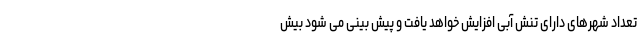
تعداد شهرهای دارای تنش آبی افزایش خواهد یافت و پیش بینی می شود بیش